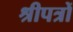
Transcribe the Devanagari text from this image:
श्रीपत्रों